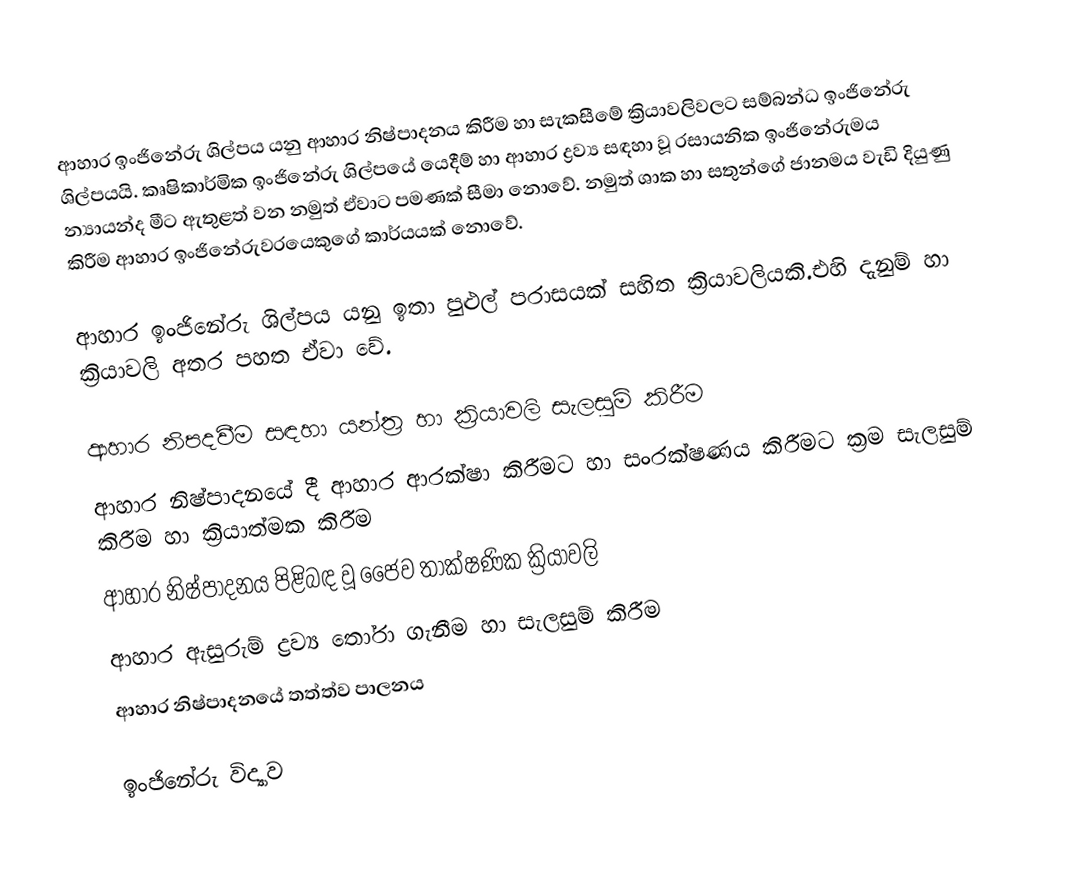
ආහාර ඉංජිනේරු ශිල්පය යනු ආහාර නිෂ්පාදනය කිරීම හා සැකසීමේ ක්‍රියාවලිවලට සම්බන්ධ ඉංජිනේරු ශිල්පයයි. කෘෂිකාර්මික ඉංජිනේරු ශිල්පයේ යෙදීම් හා ආහාර ද්‍රව්‍ය සඳහා වූ රසායනික ඉංජිනේරුමය න්‍යායන්ද මීට ඇතුළත් වන නමුත් ඒවාට පමණක් සීමා නොවේ. නමුත් ශාක හා සතුන්ගේ ජානමය වැඩි දියුණු කිරීම ආහාර ඉංජිනේරුවරයෙකුගේ කාර්යයක් නොවේ.

ආහාර ඉංජිනේරු ශිල්පය යනු ඉතා පුළුල් පරාසයක් සහිත ක්‍රියාවලියකි.එහි දැනුම් හා ක්‍රියාවලි අතර පහත ඒවා වේ.

 ආහාර නිපදවීම සඳහා යන්ත්‍ර හා ක්‍රියාවලි සැලසුම් කිරීම
 ආහාර නිෂ්පාදනයේ දී ආහාර ආරක්ෂා කිරීමට හා සංරක්ෂණය කිරීමට ක්‍රම සැලසුම් කිරීම හා ක්‍රියාත්මක කිරීම
 ආහාර නිෂ්පාදනය පිළිබඳ වූ ජෛව තාක්ෂණික ක්‍රියාවලි
 ආහාර ඇසුරුම් ද්‍රව්‍ය තෝරා ගැනීම හා සැලසුම් කිරීම
 ආහාර නිෂ්පාදනයේ තත්ත්ව පාලනය

 ඉංජිනේරු විද්‍යාව